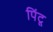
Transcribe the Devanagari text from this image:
पिंटू